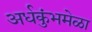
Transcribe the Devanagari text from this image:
अर्धकुंभमेळा